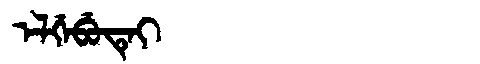
Manchu: ᡝᠯᡤᡝᠪᡠᡨᡝᡳ
Romanization: ELGEBUTEI